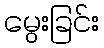
မွေးခြင်း